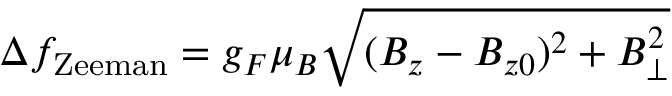
\Delta f _ { \mathrm { Z e e m a n } } = g _ { F } \mu _ { B } \sqrt { ( B _ { z } - B _ { z 0 } ) ^ { 2 } + B _ { \perp } ^ { 2 } }